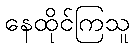
နေထိုင်ကြသူ